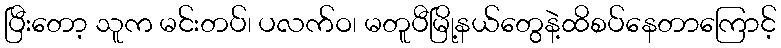
ပြီးတော့ သူက မင်းတပ်၊ ပလက်ဝ၊ မတူပီမြို့နယ်တွေနဲ့ထိစပ်နေတာကြောင့်